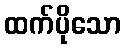
ထက်ပိုသော